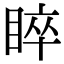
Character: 睟